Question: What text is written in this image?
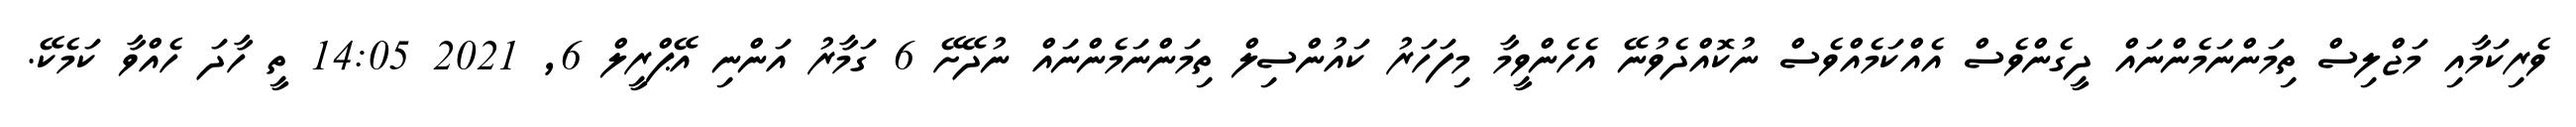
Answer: ވެރިކަމާއި މަޖްލިސް ތިމަންނަމެންނައް ދީގެންވެސް އެއްކަމެއްވެސް ނުކޮއްދެވުނޭ އެހެންވީމާ މިފަހަރު ކައުންސިލް ތިމަންނަމެންނައް ނުދޭށޭ 6 ގަމާރު އަންނި އޭޕްރީލް 6, 2021 14:05 ތީ ހާދަ ހެއްވާ ކަމެކޭ.